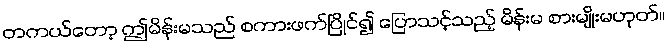
တကယ်တော့ ဤမိန်းမသည် စကားဖက်ပြိုင်၍ ပြောသင့်သည့် မိန်းမ စားမျိုးမဟုတ်။